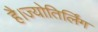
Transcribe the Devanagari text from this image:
है।ज्योतिर्लिंग